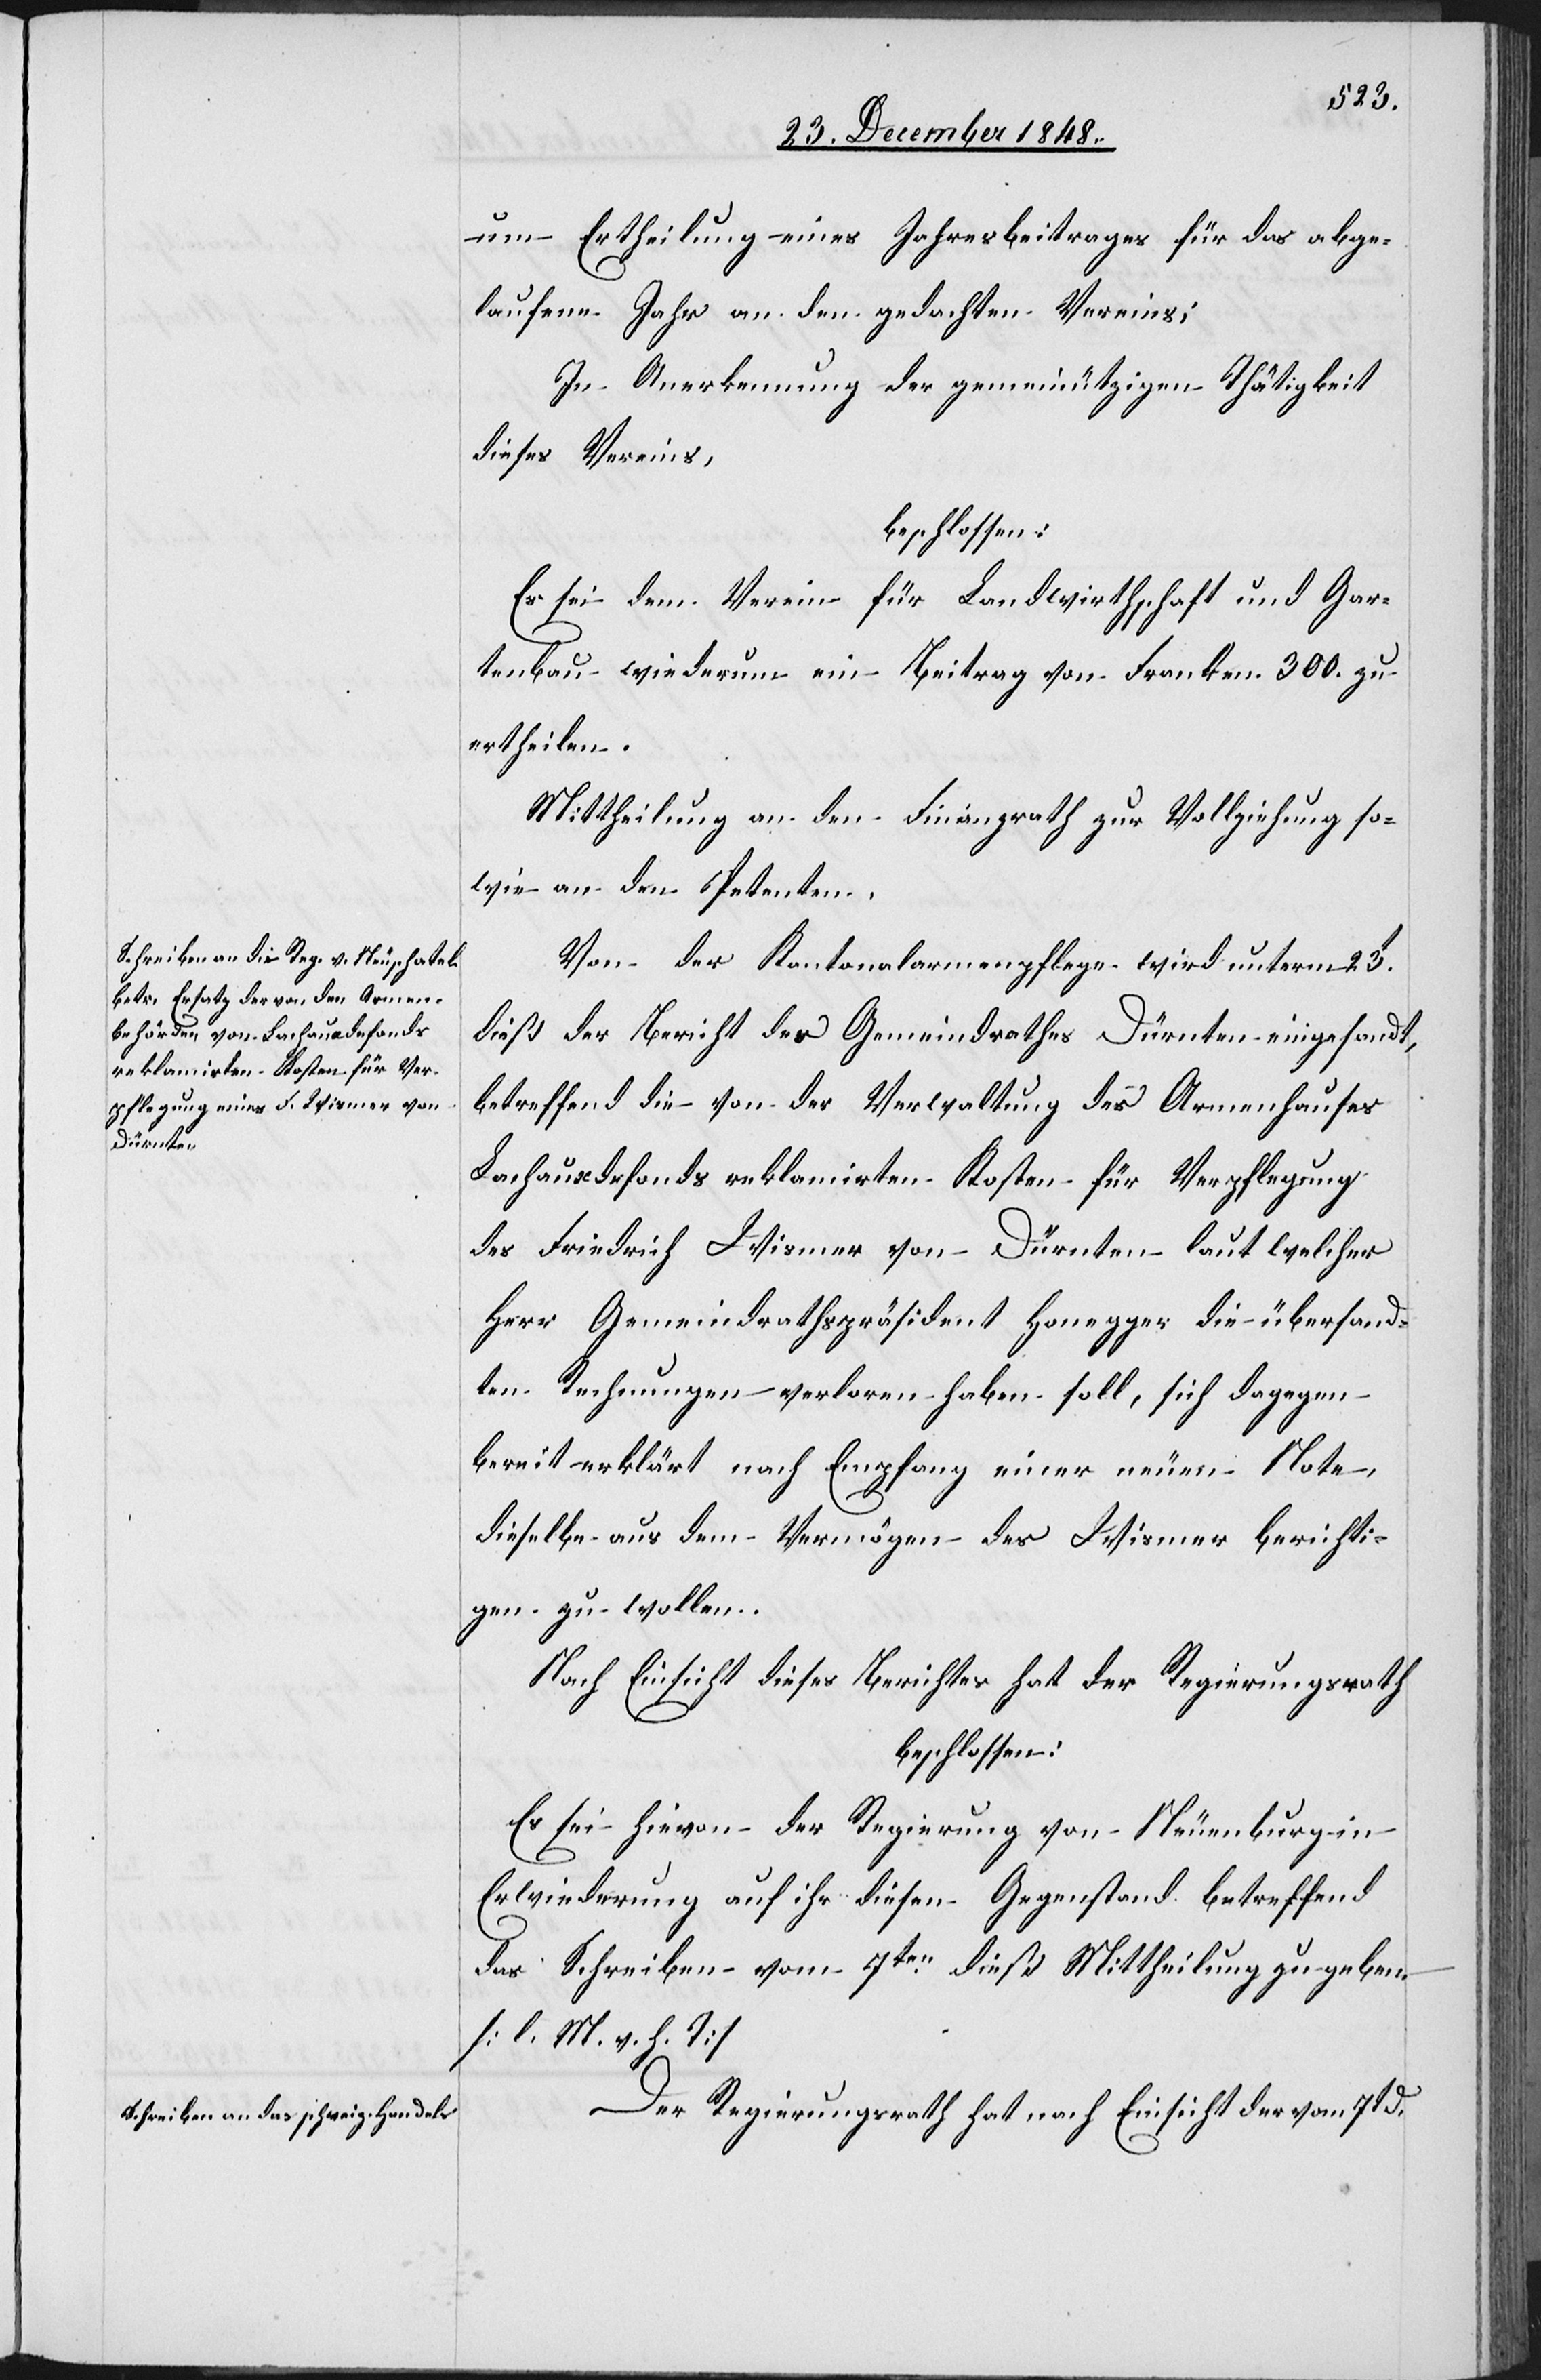
um Ertheilung eines Jahresbeitrages für das abge¬
laufene Jahr an den gedachten Vereins;
In Anerkennung der gemeinnützigen Thätigkeit
dieses Vereins,
beschlossen.
Es sei dem Verein für Landwirthschaft und Gar¬
tenbau wiederum ein Beitrag von Franken. 300. zu
ertheilen.
Mittheilung an den Finanzrath zur Vollziehung so¬
wie an den Petenten.
Von der Kantonalarmenpflege wird unterm 23t
dieß der Bericht des Gemeindrathes Dürnten eingesandt,
betreffend die von der Verwaltung des Armenhauses
Lachauxdefonds reklamirten Kosten für Verpflegung
des Friedrich Wismer von Dürnten laut welcher
Herr Gemeindrathspräsident Honegger die übersand¬
ten Rechnungen verloren haben soll, sich dagegen
bereit erklärt nach Empfang einer neuen Note,
dieselbe aus dem Vermögen des Wismer berichti¬
gen zu wollen.
Nach Einsicht dieses Berichtes hat der Regierungsrath
beschlossen:
Es sei hievon der Regierung von Neuenburg in
Erwiederung auf ihr diesen Gegenstand betreffend
Schreiben vom 7ten dieß Mittheilung zu geben
[l. M. v. h. T]
Der Regierungsrath hat nach Einsicht der vom 7t d.